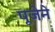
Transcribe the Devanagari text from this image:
पूजेने